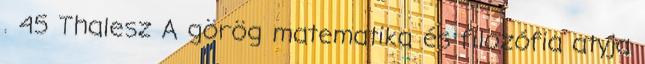
. 45 Thalesz A görög matematika és filozófia atyja